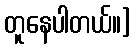
တူနေပါတယ်။]